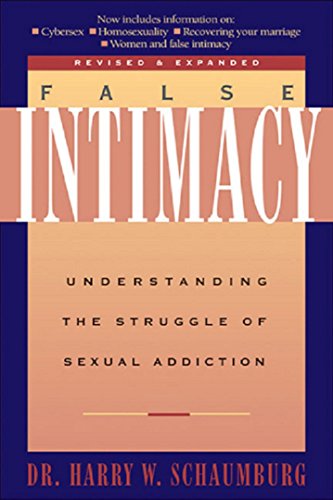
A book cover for False Intimacy: Understanding the Struggle of Sexual Addiction (LifeChange); Harry Schaumburg; Health, Fitness & Dieting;